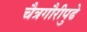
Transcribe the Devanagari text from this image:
चैत्रगौरीपुढे